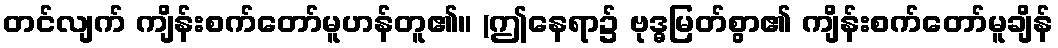
တင်လျက် ကျိန်းစက်တော်မူဟန်တူ၏။ (ဤနေရာ၌ ဗုဒ္ဓမြတ်စွာ၏ ကျိန်းစက်တော်မူချိန်